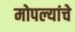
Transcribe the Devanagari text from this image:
मोपल्यांचे